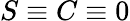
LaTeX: S\equiv C\equiv 0